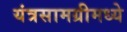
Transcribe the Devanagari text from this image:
यंत्रसामग्रीमध्ये